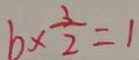
b \times \frac { 3 } { 2 } = 1